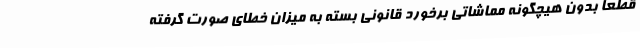
قطعا بدون هیچگونه مماشاتی برخورد قانونی بسته به میزان خطای صورت گرفته